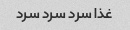
غذا سرد سرد سرد